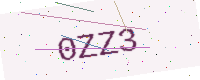
Text: 0ZZ3